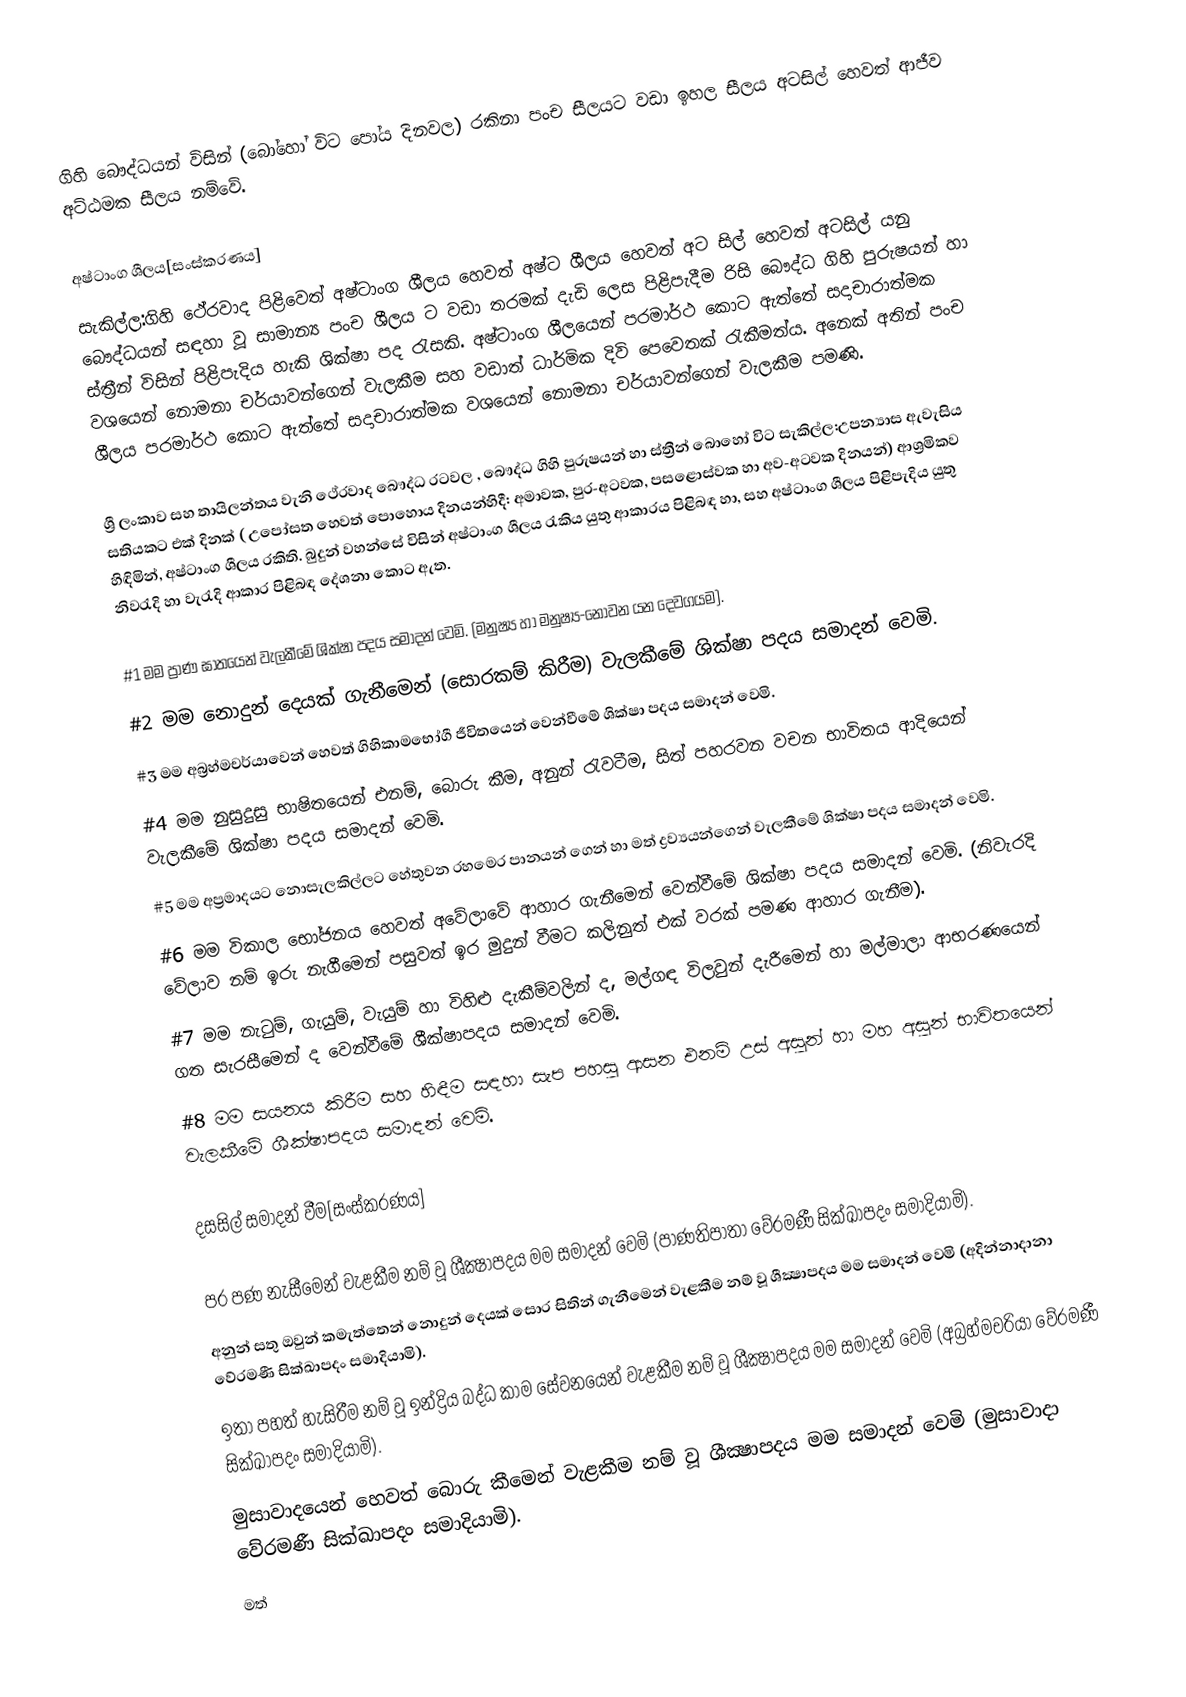
ගිහි බෞද්ධයන් විසින් (බෝහෝ විට පෝය දිනවල) රකිනා පංච සීලයට වඩා ඉහල සීලය අටසිල් හෙවත් ආජීව අට්ඨමක සීලය නම්වේ.

අෂ්ටාංග ශීලය[සංස්කරණය]
සැකිල්ල:ගිහි ථේරවාද පිළිවෙත් අෂ්ටාංග ශීලය හෙවත් අෂ්ට ශීලය හෙවත් අට සිල් හෙවත් අටසිල් යනු බෞද්ධයන් සඳහා වූ සාමාන්‍ය පංච ශීලය ට වඩා තරමක් දැඩි ලෙස පිළිපැදීම රිසි බෞද්ධ ගිහි පුරුෂයන් හා ස්ත්‍රීන් විසින් පිළිපැදිය හැකි ශික්ෂා පද රැසකි. අෂ්ටාංග ශීලයෙන් පරමාර්ථ කොට ඇත්තේ සදාචාරාත්මක වශයෙන් නොමනා චර්යාවන්ගෙන් වැලකීම සහ වඩාත් ධාර්මික දිවි පෙවෙතක් රැකීමත්ය. අනෙක් අතින් පංච ශීලය පරමාර්ථ කොට ඇත්තේ සදාචාරාත්මක වශයෙන් නොමනා චර්යාවන්ගෙන් වැලකීම පමණි.

ශ්‍රී ලංකාව සහ තායිලන්තය වැනි ථේරවාද බෞද්ධ රටවල , බෞද්ධ ගිහි පුරුෂයන් හා ස්ත්‍රීන් බොහෝ විට සැකිල්ල:උපන්‍යාස ඇවැසිය සතියකට එක් දිනක් ( උපෝසත හෙවත් පොහොය දිනයන්හිදී: අමාවක, පුර-අටවක, පසළොස්වක හා අව-අටවක දිනයන්) ආශ්‍රමිකව හිඳිමින්, අෂ්ටාංග ශීලය රකිති. බුදුන් වහන්සේ විසින් අෂ්ටාංග ශීලය රැකිය යුතු ආකාරය පිළිබඳ හා, සහ අෂ්ටාංග ශීලය පිළිපැදිය යුතු නිවරැදි හා වැරැදි ආකාර පිළිබඳ  දේශනා කොට ඇත.

  #1 මම ප්‍රාණ ඝාතයෙන් වැලකීමේ ශික්ෂා පදය සමාදන් වෙමි. (මනුෂ්‍ය හා මනුෂ්‍ය-නොවන යන දෙවගයම).
  #2 මම නොදුන් දෙයක් ගැනීමෙන් (සොරකම් කිරීම) වැලකීමේ ශික්ෂා පදය සමාදන් වෙමි.
  #3  මම අබ්‍රහ්මචර්යාවෙන් හෙවත් ගිහිකාමභෝගී ජීවිතයෙන් වෙන්වීමේ ශික්ෂා පදය සමාදන් වෙමි.
  #4 මම නුසුදුසු භාෂිතයෙන් එනම්, බොරු කීම, අනුන් රැවටීම, සිත් පහරවන වචන භාවිතය ආදියෙන් වැලකීමේ ශික්ෂා පදය සමාදන් වෙමි.
  #5 මම අප්‍රමාදයට නොසැලකිල්ලට හේතුවන රහමෙර පානයන් ගෙන් හා මත් ද්‍රව්‍යයන්ගෙන් වැලකීමේ ශික්ෂා පදය සමාදන් වෙමි.
  #6 මම විකාල භෝජනය හෙවත් අවේලාවේ ආහාර ගැනීමෙන් වෙන්වීමේ ශික්ෂා පදය සමාදන් වෙමි. (නිවැරදි වේලාව නම් ඉරු නැගීමෙන් පසුවත් ඉර මුදුන් වීමට කලිනුත් එක් වරක් පමණ ආහාර ගැනීම).
  #7 මම නැටුම්, ගැයුම්, වැයුම් හා විහිළු දැකීම්වලින් ද, මල්ගඳ විලවුන් දැරීමෙන් හා මල්මාලා ආභරණයෙන් ගත සැරසීමෙන් ද වෙන්වීමේ ශීක්ෂාපදය සමාදන් වෙමි.
  #8 මම සයනය කිරීම සහ හිඳීම සඳහා සැප පහසු ආසන එනම් උස් අසුන් හා මහ අසුන් භාවිතයෙන් වැලකීමේ ශීක්ෂාපදය සමාදන් වෙමි.

දසසිල් සමාදන් වීම[සංස්කරණය]

 පර පණ නැසීමෙන් වැළකීම නම් වූ ශීක්‍ෂාපදය මම සමාදන් වෙමි (පාණතිපාතා වේරමණී සික්ඛාපදං සමාදියාමි).
 අනුන් සතු ඔවුන් කමැත්තෙන් නොදුන් දෙයක් සොර සිතින් ගැනීමෙන් වැළකීම නම් වූ ශීක්‍ෂාපදය මම සමාදන් වෙමි (අදින්නාදානා වේරමණී සික්ඛාපදං සමාදියාමි).
 ඉතා පහත් හැසිරීම නම් වූ ඉන්ද්‍රිය බද්ධ කාම සේවනයෙන් වැළකීම නම් වූ ශීක්‍ෂාපදය මම සමාදන් වෙමි (අබ්‍රහ්මචරියා වේරමණී සික්ඛාපදං සමාදියාමි).
 මුසාවාදයෙන් හෙවත් බොරු කීමෙන් වැළකීම නම් වූ ශීක්‍ෂාපදය මම සමාදන් වෙමි (මුසාවාදා වේරමණී සික්ඛාපදං සමාදියාමි).
 මත්